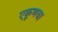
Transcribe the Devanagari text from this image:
एकूणचा